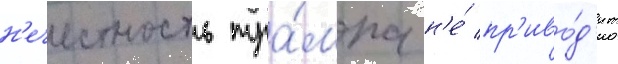
н'ечестность тра́мпа н'е́ пр'иво́д'ит